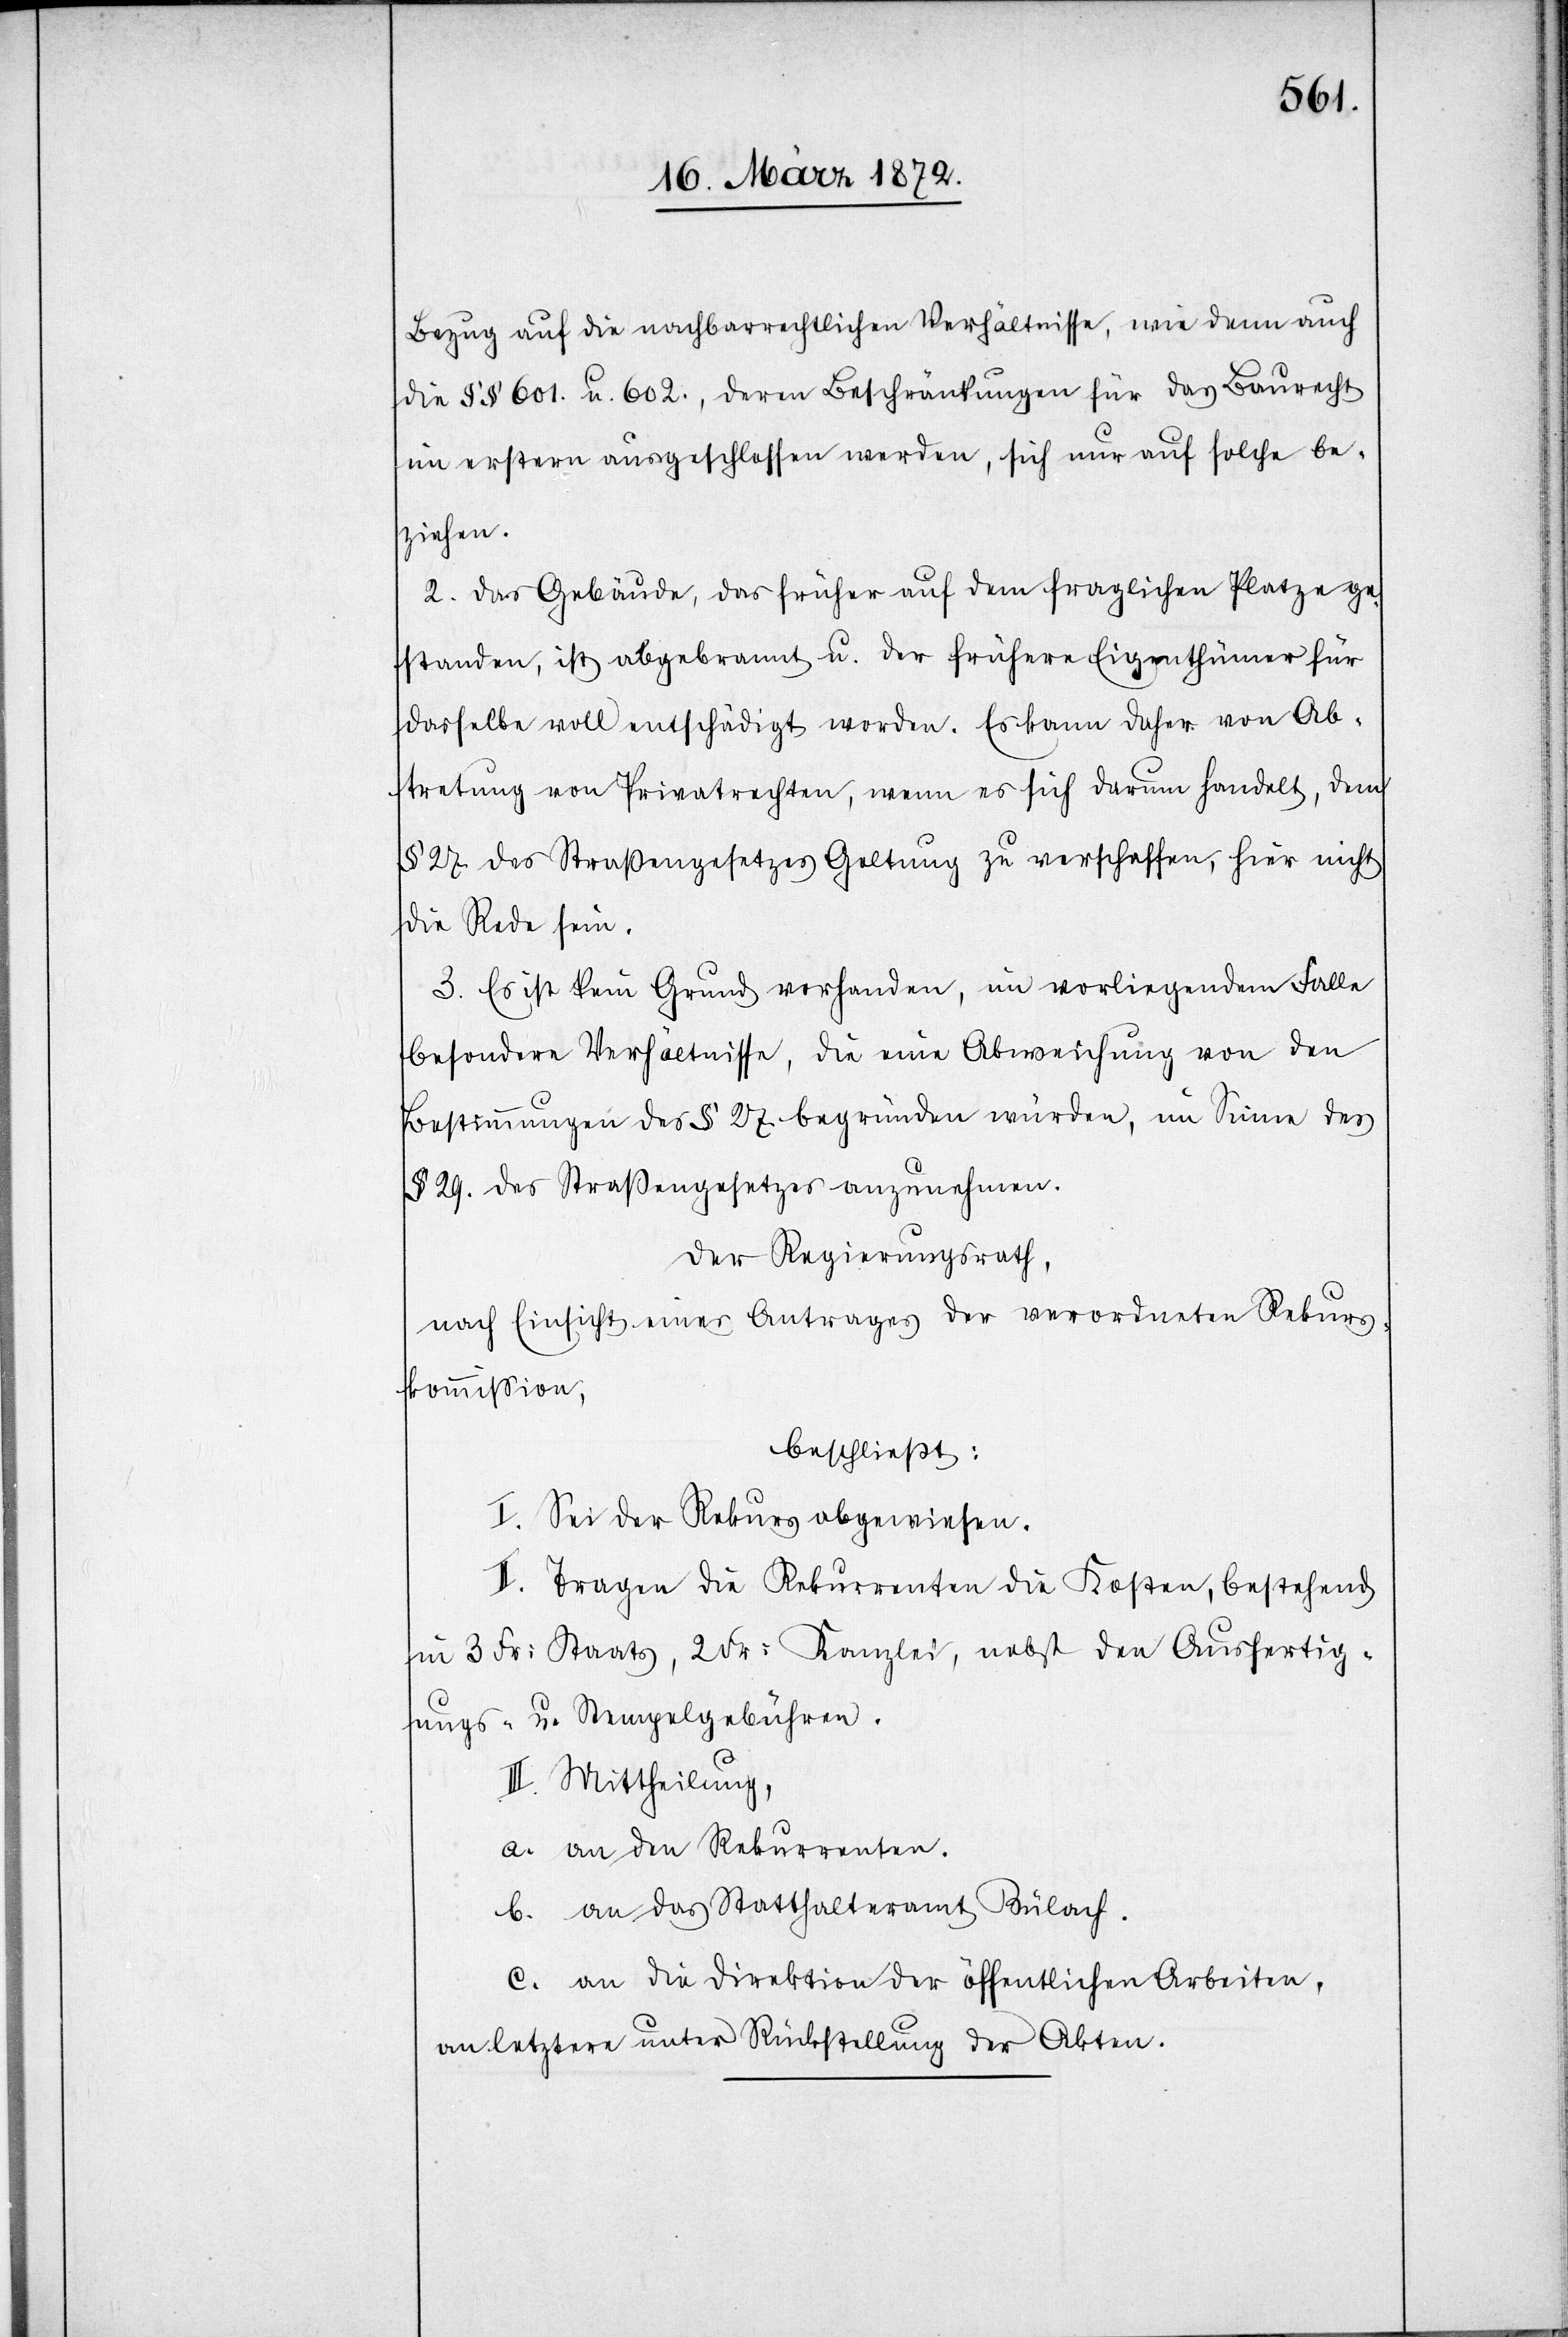
Bezug auf die nachbarrechtlichen Verhältnisse, wie denn auch
die §§ 601. u. 602., deren Beschränkungen für das Baurecht
im erstern ausgeschlossen werden, sich nur auf solche be¬
ziehen.
2. Das Gebäude, das früher auf dem fraglichen Platz ge¬
standen, ist abgebrannt u. der frühere Eigenthümer für
dasselbe voll entschädigt worden. Es kann daher von Ab¬
tretung von Privatrechten, wenn es sich darum handelt, dem
§ 27. des Straßengesetzes Geltung zu verschaffen, hier nicht
die Rede sein.
3. Es ist kein Grund vorhanden, im vorliegenden Falle
besondere Verhältnisse, die eine Abweichung von den
Bestimmungen des § 27. begründen würden, im Sinne des
§ 29. des Straßengesetzes anzunehmen.
Der Regierungsrath,
nach Einsicht eines Antrages der verordneten Rekurs¬
kommission,
beschließt:
I. Sei der Rekurs abgewiesen.
II. Tragen die Rekurrenten die Kosten, bestehend
in 3 Fr: Staats[-], 2 Fr: Kanzlei[-], nebst den Ausfertig¬
ungs- u. Stempelgebühren.
III. Mittheilung,
a. an den Rekurrenten.
b. an das Statthalteramt Bülach.
c. an die Direktion der öffentlichen Arbeiten,
an letztere unter Rückstellung der Akten.